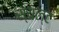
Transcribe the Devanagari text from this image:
स्यल्ट